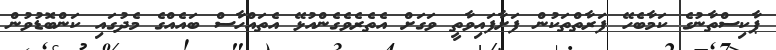
ޕާކިސްތާނުގެ ކަމާބެހޭ ފަރާތްތަކުން ފަށާފައިވާތީ ވަގަށް އެތެރެވެގެންއުޅޭ އެތައްހާސް ބައެއްގެ މެދުގައި ކަންބޮޑުވުން